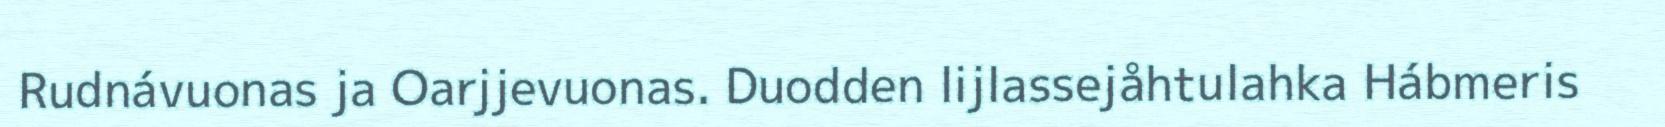
Rudnávuonas ja Oarjjevuonas. Duodden lijlassejåhtulahka Hábmeris